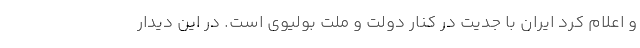
و اعلام کرد ایران با جدیت در کنار دولت و ملت بولیوی است. در این دیدار